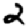
Digit: 2